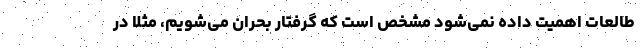
طالعات اهمیت داده نمی‌شود مشخص است که گرفتار بحران می‌شویم، مثلا در